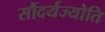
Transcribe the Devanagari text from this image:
सौंदर्यज्योति